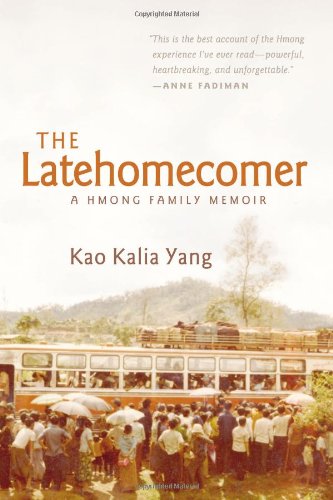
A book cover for The Latehomecomer: A Hmong Family Memoir; Kao Kalia Yang; History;